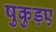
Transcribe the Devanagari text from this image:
षुकुड़ए